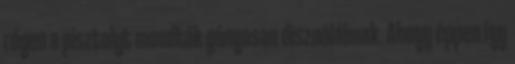
régen a pisztolyt mondták gúnyosan disznólábnak. Ahogy éppen így